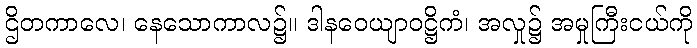
ဌိတကာလေ၊ နေသောကာလ၌။ ဒါနဝေယျာဝဋ္ဌိကံ၊ အလှု၌ အမှုကြီးငယ်ကို